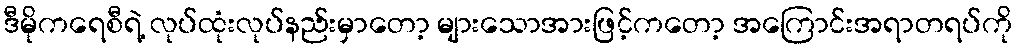
ဒီမိုကရေစီရဲ့ လုပ်ထုံးလုပ်နည်းမှာတော့ များသောအားဖြင့်ကတော့ အကြောင်းအရာတရပ်ကို